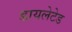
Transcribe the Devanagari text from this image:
डायलेटेड